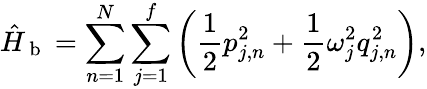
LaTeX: \hat{H}_{\mathrm{~b~}}=\sum_{n=1}^{N}\sum_{j=1}^{f}\left(\frac{1}{2}p_{j,n}^{2}+\frac{1}{2}\omega_{j}^{2}q_{j,n}^{2}\right),